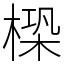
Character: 㮪